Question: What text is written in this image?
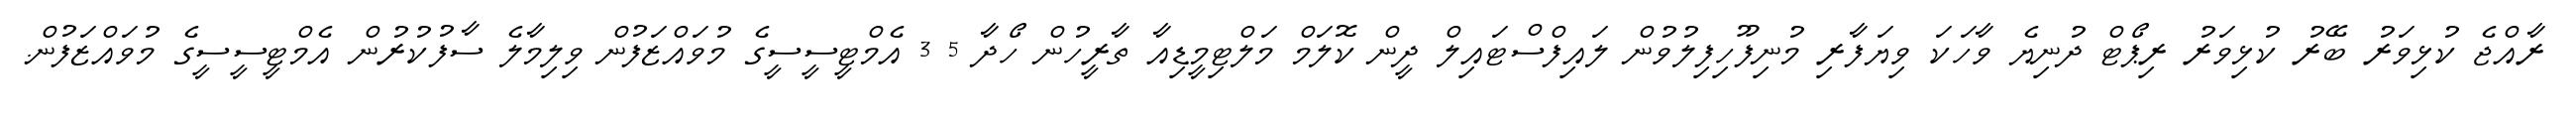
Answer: ރާއްޖެ ކުޅިވަރު ބޭރު ކުޅިވަރު ރިޕޯޓް ދުނިޔެ ވާހަކަ ވިޔަފާރި މުނިފޫހިފިލުވުން ލައިފްސްޓައިލް ދީން ކޮލަމް މަލްޓިމީޑިއާ ތާރީހުން ހޯދާ 5 3 އެމްޓީސީސީގެ މުވައްޒަފުން ވިލިމާލެ ސާފުކުރުން އެމްޓީސީސީގެ މުވައްޒަފުން.